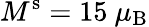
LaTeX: M^{\mathrm{s}}=15~\mu_{\mathrm{B}}